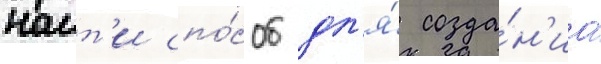
наит'и спо́соб дл'я́ созда́н'иа